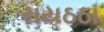
રાયઠઠા